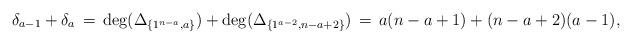
LaTeX: \begin{align*} \delta_{a-1} + \delta_a \, = \,{\rm deg}(\Delta_{ \{ 1^{n-a},a \} }) + {\rm deg}( \Delta_{ \{ 1^{a-2},n-a+2 \} }) \,=\,a (n - a + 1) + (n - a + 2) (a - 1), \,\end{align*}